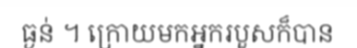
ធ្ងន់ ។ ក្រោយមកអ្នករបួសក៏បាន